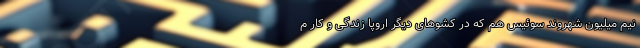
نیم میلیون شهروند سوئیس هم که در کشو‌های دیگر اروپا زندگی و کار م